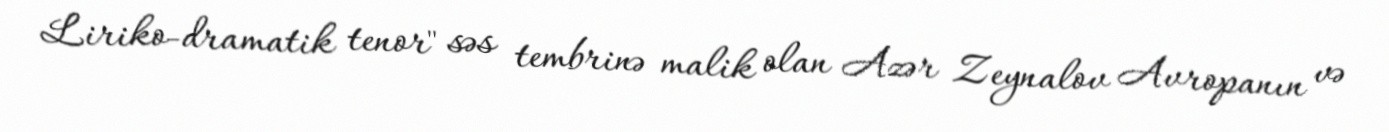
Liriko-dramatik tenor" səs tembrinə malik olan Azər Zeynalov Avropanın və